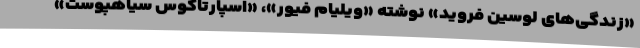
«زندگی‌های لوسین فروید» نوشته «ویلیام فیور»، «اسپارتاکوس سیاهپوست»